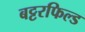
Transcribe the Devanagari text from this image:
बट्टरफिल्ड